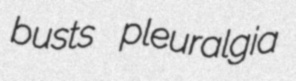
busts pleuralgia